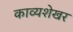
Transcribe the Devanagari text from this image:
काव्यशेखर